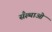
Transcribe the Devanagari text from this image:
सँस्थाओं